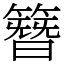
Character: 簪